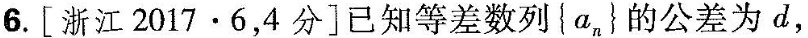
6. [浙江2017 · 6，4分]已知等差数列\{a_{n}\}的公差为d，